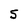
Character: 5